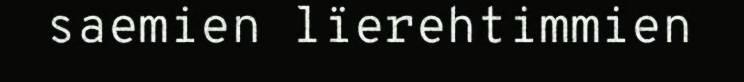
saemien lïerehtimmien